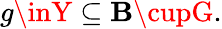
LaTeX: g\inY\subseteq\mathbf{B}\cupG.